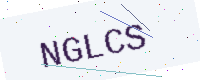
Text: NGLCS